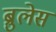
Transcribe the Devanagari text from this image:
ब्रुलेस